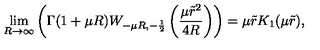
\lim _ { R \rightarrow \infty } \left( \Gamma ( 1 + \mu R ) W _ { - \mu R , - \frac { 1 } { 2 } } \left( \frac { \mu \tilde { r } ^ { 2 } } { 4 R } \right) \right) = \mu \tilde { r } K _ { 1 } ( \mu \tilde { r } ) ,